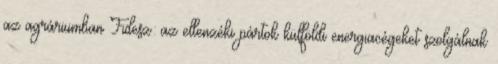
az agráriumban Fidesz: az ellenzéki pártok külföldi energiacégeket szolgálnak